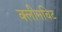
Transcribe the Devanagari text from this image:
क्लीनचिट